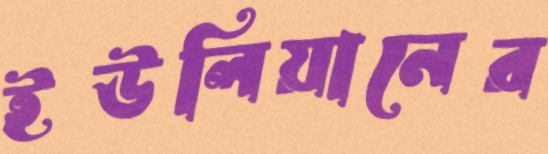
ইউলিয়ানের